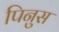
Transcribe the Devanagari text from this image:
पिनुस